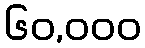
၆၀,၀၀၀